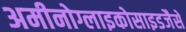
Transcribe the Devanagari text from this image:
अमीनोग्लाइकोसाइडजैसे